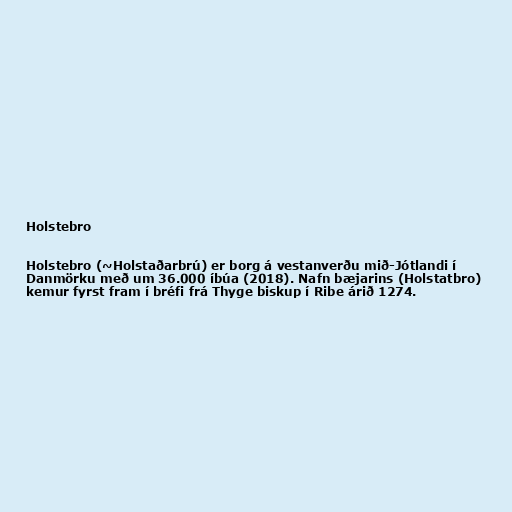
Holstebro

Holstebro (~Holstaðarbrú) er borg á vestanverðu mið-Jótlandi í
Danmörku með um 36.000 íbúa (2018). Nafn bæjarins (Holstatbro)
kemur fyrst fram í bréfi frá Thyge biskup í Ribe árið 1274.